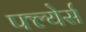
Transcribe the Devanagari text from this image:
फ्ल्येर्स